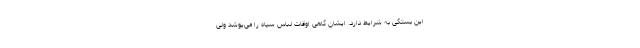
این بستگی به شرایط دارد. ایشان گاهی اوقات لباس سپاه را می‌پوشد ولی